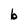
Character: b